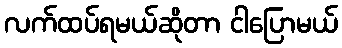
လက်ထပ်ရမယ်ဆိုတာ ငါပြောမယ်